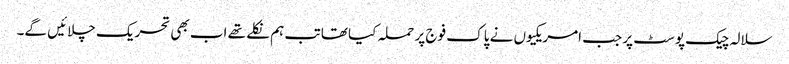
سلالہ چیک پوسٹ پر جب امریکیوں نے پاک فوج پر حملہ کیا تھا تب ہم نکلے تھے اب بھی تحریک چلائیں گے۔